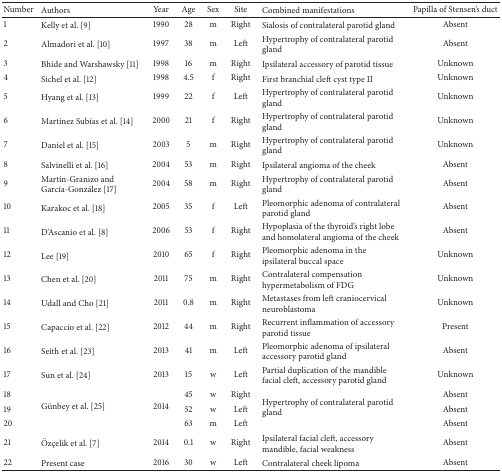
<table><thead><tr><td><b>Number</b></td><td><b>Authors</b></td><td><b>Year</b></td><td><b>Age</b></td><td><b>Sex</b></td><td><b>Site</b></td><td><b>Combined manifestations</b></td><td><b>Papilla of Stensen's duct</b></td></tr></thead><tbody><tr><td>1</td><td>Kelly et al. [9]</td><td>1990</td><td>28</td><td>m</td><td>Right</td><td>Sialosis of contralateral parotid gland</td><td>Absent</td></tr><tr><td>2</td><td>Almadori et al. [10]</td><td>1997</td><td>38</td><td>m</td><td>Left</td><td>Hypertrophy of contralateral parotid gland</td><td>Absent</td></tr><tr><td>3</td><td>Bhide and Warshawsky [11]</td><td>1998</td><td>16</td><td>m</td><td>Right</td><td>Ipsilateral accessory of parotid tissue</td><td>Unknown</td></tr><tr><td>4</td><td>Sichel et al. [12]</td><td>1998</td><td>4.5</td><td>f</td><td>Right</td><td>First branchial cleft cyst type II</td><td>Unknown</td></tr><tr><td>5</td><td>Hyang et al. [13]</td><td>1999</td><td>22</td><td>f</td><td>Left</td><td>Hypertrophy of contralateral parotid gland</td><td>Unknown</td></tr><tr><td>6</td><td>Martínez Subías et al. [14]</td><td>2000</td><td>21</td><td>f</td><td>Right</td><td>Hypertrophy of contralateral parotid gland</td><td>Unknown</td></tr><tr><td>7</td><td>Daniel et al. [15]</td><td>2003</td><td>5</td><td>m</td><td>Right</td><td>Hypertrophy of contralateral parotid gland</td><td>Unknown</td></tr><tr><td>8</td><td>Salvinelli et al. [16]</td><td>2004</td><td>53</td><td>m</td><td>Right</td><td>Ipsilateral angioma of the cheek</td><td>Absent</td></tr><tr><td>9</td><td>Martín-Granizo and García-González [17]</td><td>2004</td><td>58</td><td>m</td><td>Right</td><td>Hypertrophy of contralateral parotid gland</td><td>Absent</td></tr><tr><td>10</td><td>Karakoc et al. [18]</td><td>2005</td><td>35</td><td>f</td><td>Left</td><td>Pleomorphic adenoma of contralateral parotid gland</td><td>Absent</td></tr><tr><td>11</td><td>D'Ascanio et al. [8]</td><td>2006</td><td>53</td><td>f</td><td>Right</td><td>Hypoplasia of the thyroid's right lobe and homolateral angioma of the cheek</td><td>Absent</td></tr><tr><td>12</td><td>Lee [19]</td><td>2010</td><td>65</td><td>f</td><td>Right</td><td>Pleomorphic adenoma in the ipsilateral buccal space</td><td>Unknown</td></tr><tr><td>13</td><td>Chen et al. [20]</td><td>2011</td><td>75</td><td>m</td><td>Right</td><td>Contralateral compensation hypermetabolism of FDG</td><td>Unknown</td></tr><tr><td>14</td><td>Udall and Cho [21]</td><td>2011</td><td>0.8</td><td>m</td><td>Right</td><td>Metastases from left craniocervical neuroblastoma</td><td>Unknown</td></tr><tr><td>15</td><td>Capaccio et al. [22]</td><td>2012</td><td>44</td><td>m</td><td>Right</td><td>Recurrent inflammation of accessory parotid tissue</td><td>Present</td></tr><tr><td>16</td><td>Seith et al. [23]</td><td>2013</td><td>41</td><td>m</td><td>Left</td><td>Pleomorphic adenoma of ipsilateral accessory parotid gland</td><td>Absent</td></tr><tr><td>17</td><td>Sun et al. [24]</td><td>2013</td><td>15</td><td>w</td><td>Left</td><td>Partial duplication of the mandible facial cleft, accessory parotid gland</td><td>Unknown</td></tr><tr><td>18</td><td rowspan="3">Günbey et al. [25]</td><td rowspan="3">2014</td><td>45</td><td>w</td><td>Right</td><td rowspan="3">Hypertrophy of contralateral parotid gland</td><td>Absent</td></tr><tr><td>19</td><td>52</td><td>w</td><td>Left</td><td>Absent</td></tr><tr><td>20</td><td>63</td><td>m</td><td>Left</td><td>Absent</td></tr><tr><td>21</td><td>Özçelik et al. [7]</td><td>2014</td><td>0.1</td><td>w</td><td>Right</td><td>Ipsilateral facial cleft, accessory mandible, facial weakness</td><td>Absent</td></tr><tr><td>22</td><td>Present case</td><td>2016</td><td>30</td><td>w</td><td>Left</td><td>Contralateral cheek lipoma</td><td>Absent</td></tr></tbody></table>